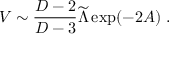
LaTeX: V \sim { \frac { D - 2 } { D - 3 } } { \widetilde { \Lambda } } \exp ( - 2 A ) ~ .